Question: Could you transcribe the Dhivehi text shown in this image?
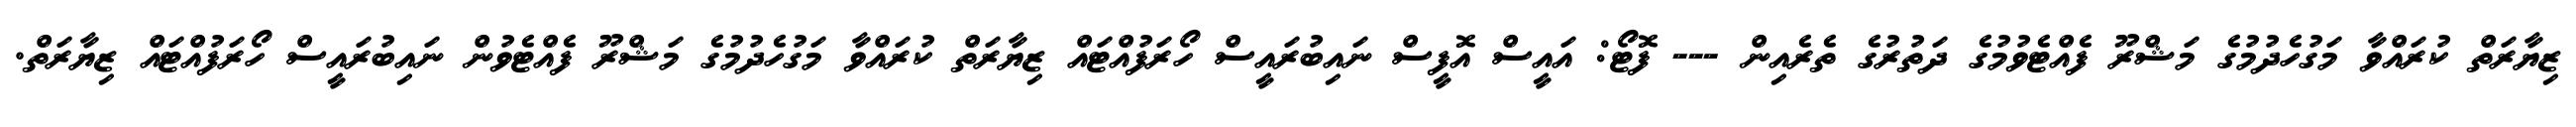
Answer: ޒިޔާރަތް ކުރައްވާ މަގުހެދުމުގެ މަޝްރޫ ފެއްޓެވުމުގެ ދަތުރުގެ ތެރެއިން --- ފޮޓޯ: އައީސް އޮފީސް ނައިބުރައީސް ހޯރަފުއްޓައް ޒިޔާރަތް ކުރައްވާ މަގުހެދުމުގެ މަޝްރޫ ފެއްޓެވުން ނައިބުރައީސް ހޯރަފުއްޓައް ޒިޔާރަތް.